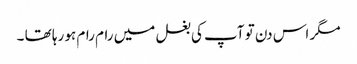
مگر اس دن تو آپ کی بغل میں رام رام ہو رہا تھا ۔